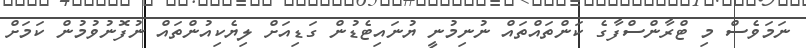
ނަމަވެސް މި ޓްރާންސްފާގެ ކަންތައްތައް ނުނިމުނީ ޔުނައިޓެޑުން ގަޑިއަށް ލިޔެކިއުންތައް ނުފޮނުވުމުން ކަމަށް